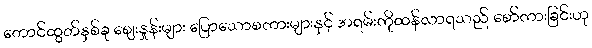
တောင်ထွတ်နှစ်ခု ဈေးနှုန်းများ ပြောသောစကားများနှင့် အရမ်းကိုထန်လာရသည် စော်ကားခြင်းဟု